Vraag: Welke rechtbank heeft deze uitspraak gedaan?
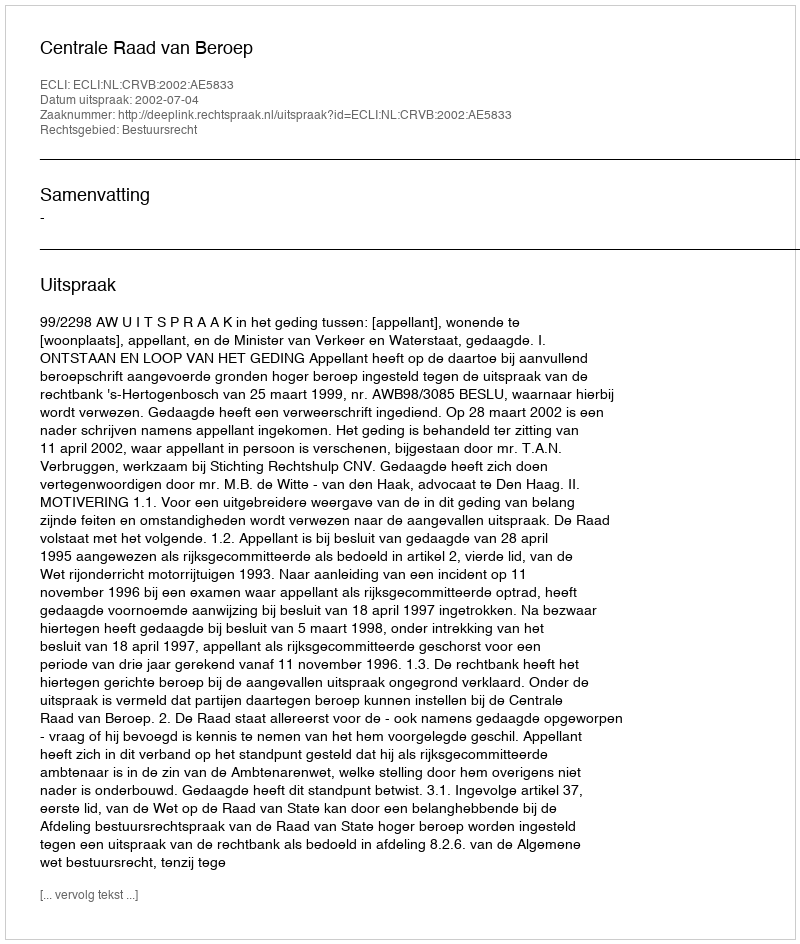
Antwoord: Centrale Raad van Beroep